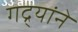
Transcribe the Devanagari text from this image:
गद्र्‍यांने